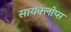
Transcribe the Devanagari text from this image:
सायक्लोप्स